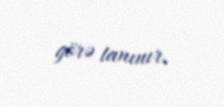
görə tanınır.